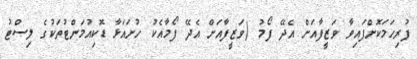
ފުރިހަމަކޮށްފައިވާ ވަޒީފާއަށް އެދޭ ފޯމު (ވަޒީފާއަށް އެދޭ ފޯމާއެކު ހުށައަޅާ ޑޮކިއުމަންޓުތަކުގެ ލިސްޓު